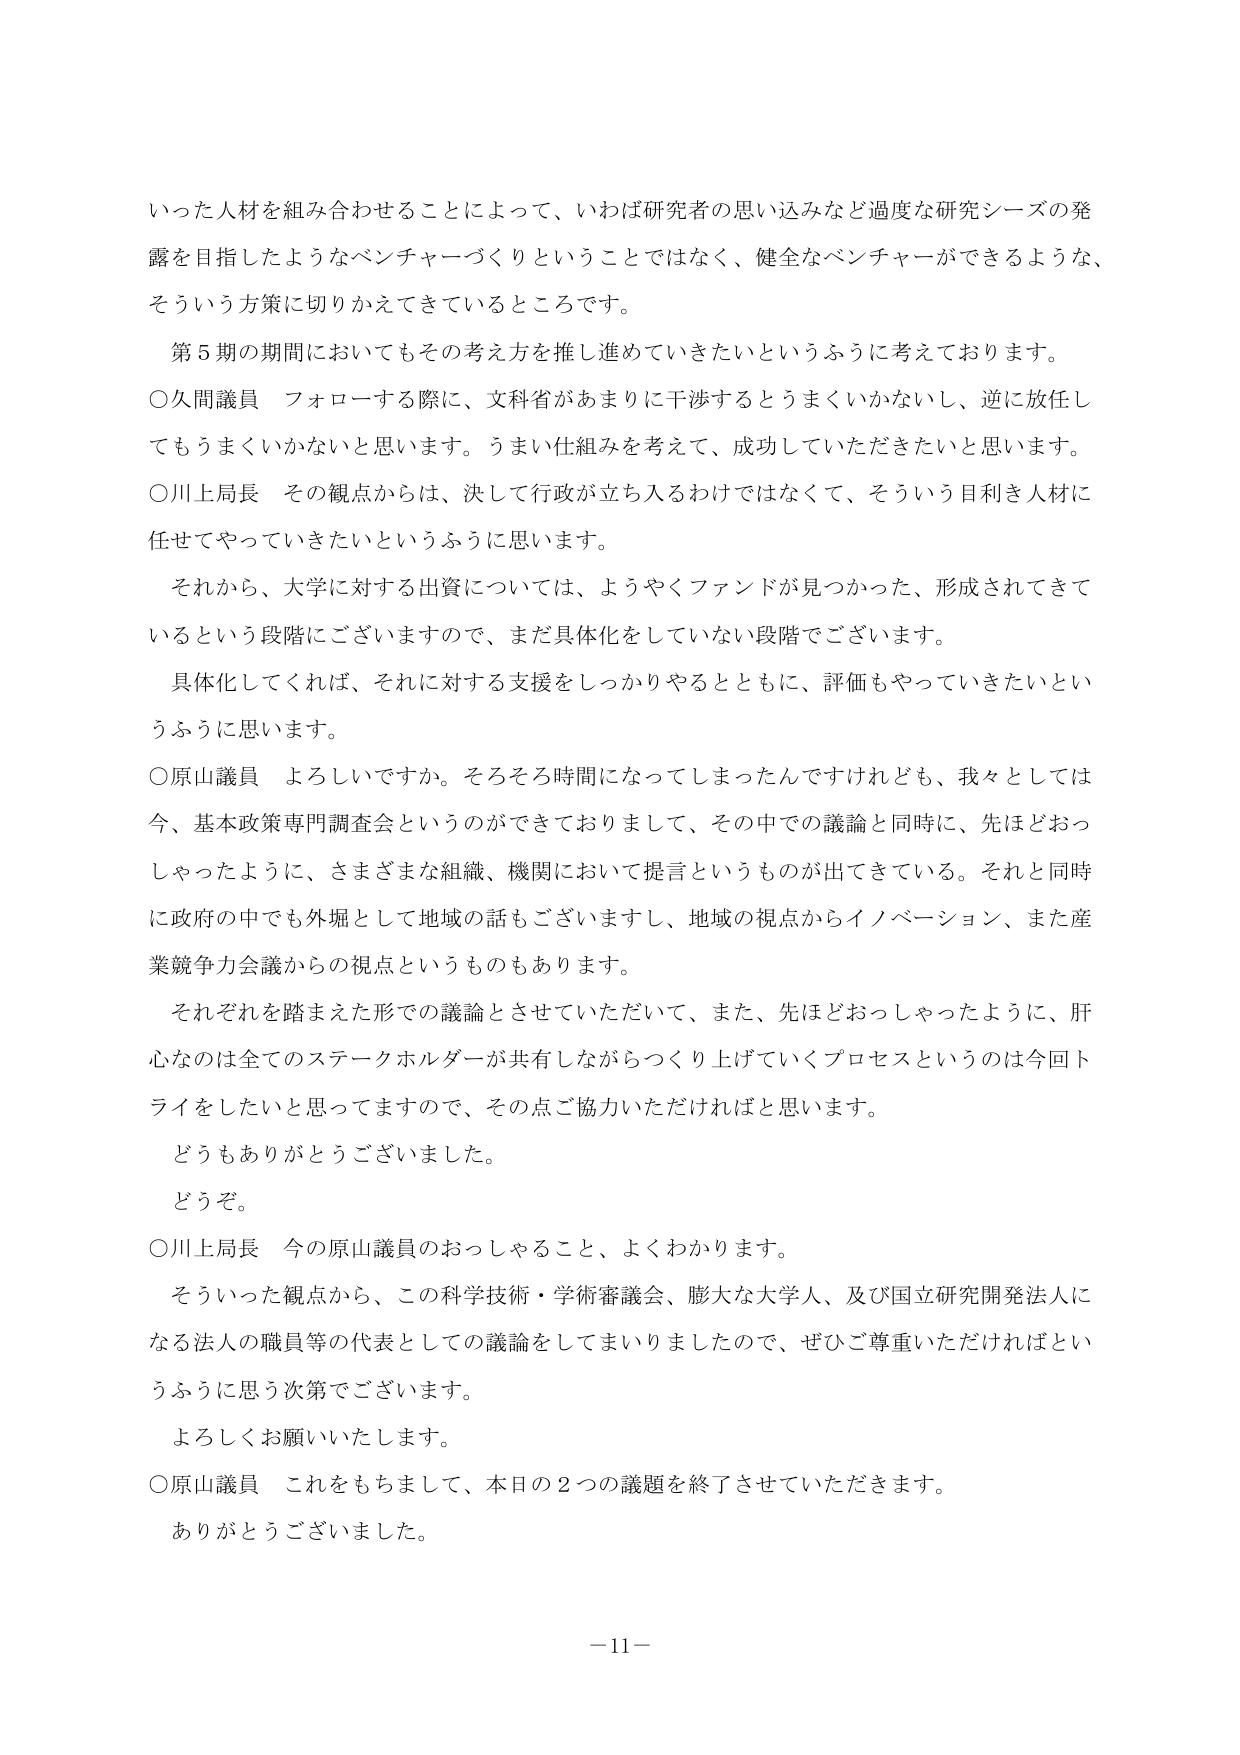
いった人材を組み合わせることによって、いわば研究者の思い込みなど過度な研究シーズの発露を目指したようなベンチャーブくりということではなく、健全なベンチャーができるような、そういう方策に切りかえてきているところです。

第５期の期間においてもその考え方を推し進めていきたいというふうに考えております。

○久間議員 フォローする際に、文科省があまりに干渉するとうまくいかないし、逆に放任してもうまくいかないと思います。うまい仕組みを考えて、成功していただきたいと思います。

○川上局長 その観点からは、決して行政が立ち入るわけではなくて、そういう目利き人材に任せてやっていきたいというふうに思います。

それから、大学に対する出資については、ようやくファンドが見つかった、形成されてきて いるという段階にございますので、まだ具体化をしていない段階でございます。

具体化してくれば、それに対する支援をしっかりやるとともに、評価もやっていきたいとい うふうに思います。

○原山議員 よろしいですか。そろそろ時間になってしまったんですけれども、我々としては今、基本政策専門調査会というのができておりまして、その中での議論と同時に、先ほどおっしゃったように、さまざまな組織、機関において提言というものが出てきている。それと同時に政府の中でも外堀として地域の話もございますし、地域の視点からイノベーション、また産業競争力会議からの視点というのもあります。

それぞれを踏まえた形での議論とさせていただいて、また、先ほどおっしゃったように、肝心なのは全てのステークホルダーが共有しながらつくり上げていくプロセスというのは今回トライをしたいと思ってますので、その点ご協力いただければと思います。

どうもありがとうございました。

どうぞ。

○川上局長 今の原山議員のおっしゃること、よくわかります。

そういった観点から、この科学技術・学術審議会、膨大な大学人、及び国立研究開発法人になる法人の職員等の代表としての議論をしてまいりましたので、ぜひご尊重いただければというふうに思う次第でございます。

よろしくお願いいたします。

○原山議員 これをもちまして、本日の２つの議題を終了させていただきます。

ありがとうございました。

－11－